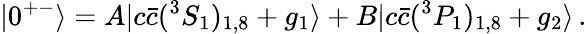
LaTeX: |0^{+-}\rangle=A|c\bar{c}(^{3}S_{1})_{1,8}+g_{1}\rangle+B|c\bar{c}(^{3}P_{1})_{1,8}+g_{2}\rangle\, .